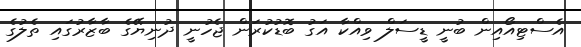
އެސްޓިއޯއިން ބުނީ ޑީސަލް ވިއްކާ އަގު ބޮޑުކުރަން ޖެހުނީ ދުނިޔޭގެ ބާޒާރުގައި ތެލުގެ